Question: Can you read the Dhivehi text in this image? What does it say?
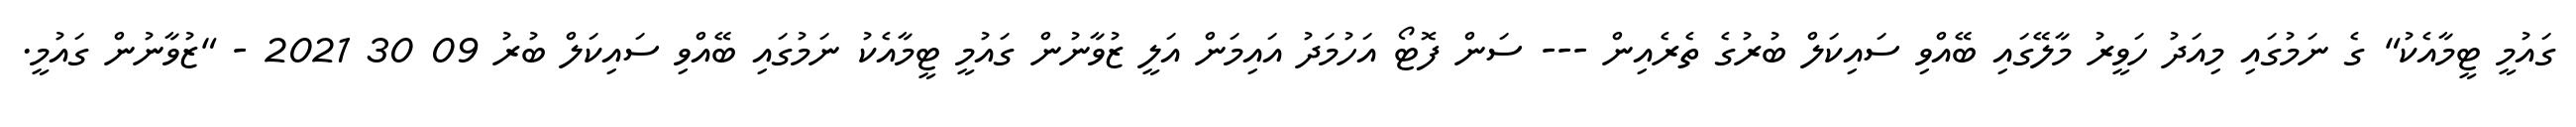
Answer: ގައުމީ ޓީމާއެކު" ގެ ނަމުގައި މިއަދު ހަވީރު މާލޭގައި ބޭއްވި ސައިކަލް ބުރުގެ ތެރެއިން --- ސަން ފޮޓޯ އަހުމަދު އައިމަން އަލީ ޒުވާނުން ގައުމީ ޓީމާއެކު ނަމުގައި ބޭއްވި ސައިކަލް ބުރު 09 30 2021 - "ޒުވާނުން ގައުމީ.